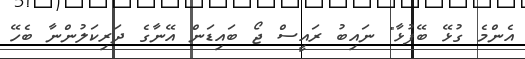
އެންމެ ގުޅޭ ބޭފުޅާ" ނައިބު ރައީސް ޖޯ ބައިޑަން އޭނާގެ ދަރިކަލުންނާ ބެހޭ